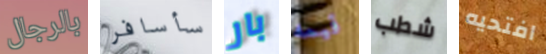
بالرجال سأسافر بار قيمه شطب افتحيه